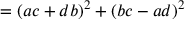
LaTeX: = ( a c + d b ) ^ { 2 } + ( b c - a d ) ^ { 2 }